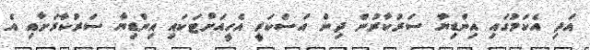
އަދި އެކަމުގައި އިންޑިޔާ ސަރުކާރުން ދިން އަސްކަރީ އެހީއަށްޓަކައި އިންޑިޔާ ސަރުކާރަށާއި އެ